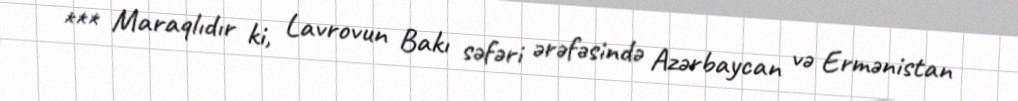
*** Maraqlıdır ki, Lavrovun Bakı səfəri ərəfəsində Azərbaycan və Ermənistan